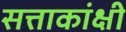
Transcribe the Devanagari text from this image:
सत्ताकांक्षी